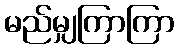
မည်မျှကြာကြာ